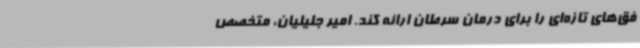
فق‌های تازه‌ای را برای درمان سرطان ارائه کند. امیر جلیلیان، متخصص